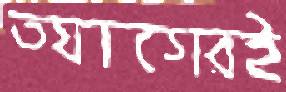
ত্যাগেরই